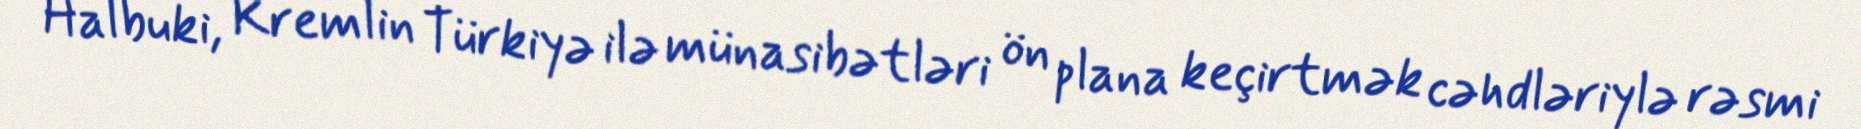
Halbuki, Kremlin Türkiyə ilə münasibətləri ön plana keçirtmək cəhdləriylə rəsmi